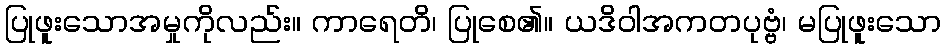
ပြုဖူးသောအမှုကိုလည်း။ ကာရေတိ၊ ပြုစေ၏။ ယဒိဝါအကတပုဗ္ဗံ၊ မပြုဖူးသော